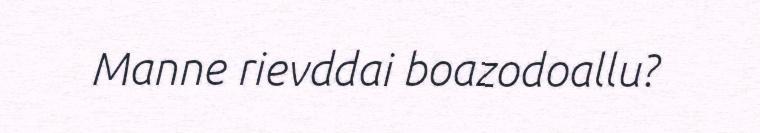
Manne rievddai boazodoallu?